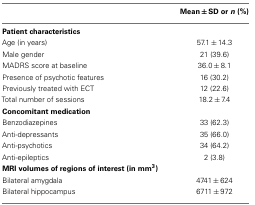
<table><thead><tr><td></td><td><b>Mean ± SD or <i>n</i> (%)</b></td></tr></thead><tbody><tr><td><b>Patient characteristics</b></td></tr><tr><td>Age (in years)</td><td>57.1 ± 14.3</td></tr><tr><td>Male gender</td><td>21 (39.6)</td></tr><tr><td>MADRS score at baseline</td><td>36.0 ± 8.1</td></tr><tr><td>Presence of psychotic features</td><td>16 (30.2)</td></tr><tr><td>Previously treated with ECT</td><td>12 (22.6)</td></tr><tr><td>Total number of sessions</td><td>18.2 ± 7.4</td></tr><tr><td><b>Concomitant medication</b></td></tr><tr><td>Benzodiazepines</td><td>33 (62.3)</td></tr><tr><td>Anti-depressants</td><td>35 (66.0)</td></tr><tr><td>Anti-psychotics</td><td>34 (64.2)</td></tr><tr><td>Anti-epileptics</td><td>2 (3.8)</td></tr><tr><td><b>MRI volumes of regions of interest (in mm<sup>3</sup>)</b></td></tr><tr><td>Bilateral amygdala</td><td>4741 ± 624</td></tr><tr><td>Bilateral hippocampus</td><td>6711 ± 972</td></tr></tbody></table>